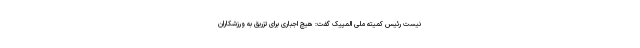
نیست رئیس کمیته ملی المپیک گفت: هیچ اجباری برای تزریق به ورزشکاران